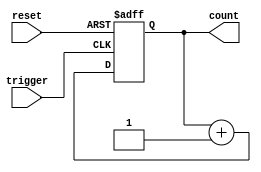
module counter(
    input trigger,
    input reset,
    output reg [3:0] count
);

always @(posedge trigger or posedge reset)
begin
    if(reset)
        count <= 4'b0000;
    else
        count <= count + 1;
end

endmodule